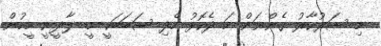
މި ސަރުކާރު ގެންނަން މަ ދެކޮޅު ހެދި ސަބަބަކީ މީ. ލާދީނީ މީހުން